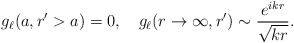
\begin{align*} g_\ell (a,r'>a) = 0, \quad g_\ell (r\rightarrow \infty,r') \sim \frac{e^{i k r}}{\sqrt{k r}}.\end{align*}